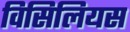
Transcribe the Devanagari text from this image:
विसिलियस